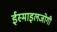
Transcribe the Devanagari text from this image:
ईस्माइलजोगी